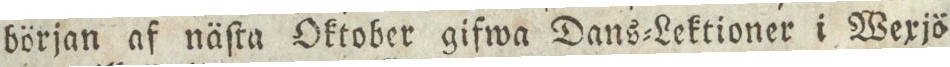
början af näſta Oktober gifwa Dans=Lektioner i Wexjö